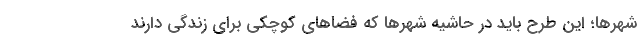
شهرها؛ این طرح باید در حاشیه شهرها که فضاهای کوچکی برای زندگی دارند